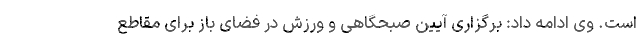
است. وی ادامه داد: برگزاری آیین صبحگاهی و ورزش در فضای باز برای مقاطع